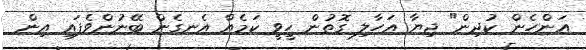
އަންހެން ކުދިން" ޖިޔާ އަހާލި ގޮތުން ހީވީ ކަމެއް އެނގެން ބޭނުންވެފައި އިން